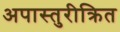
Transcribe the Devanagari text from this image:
अपास्तुरीक्रित